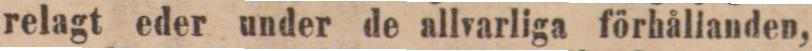
relagt eder under de allvarliga förhålianden,